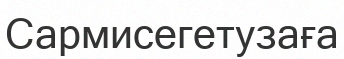
Сармисегетузаға